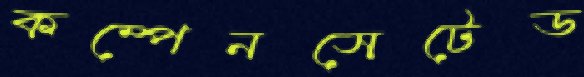
কম্পেনসেটেড